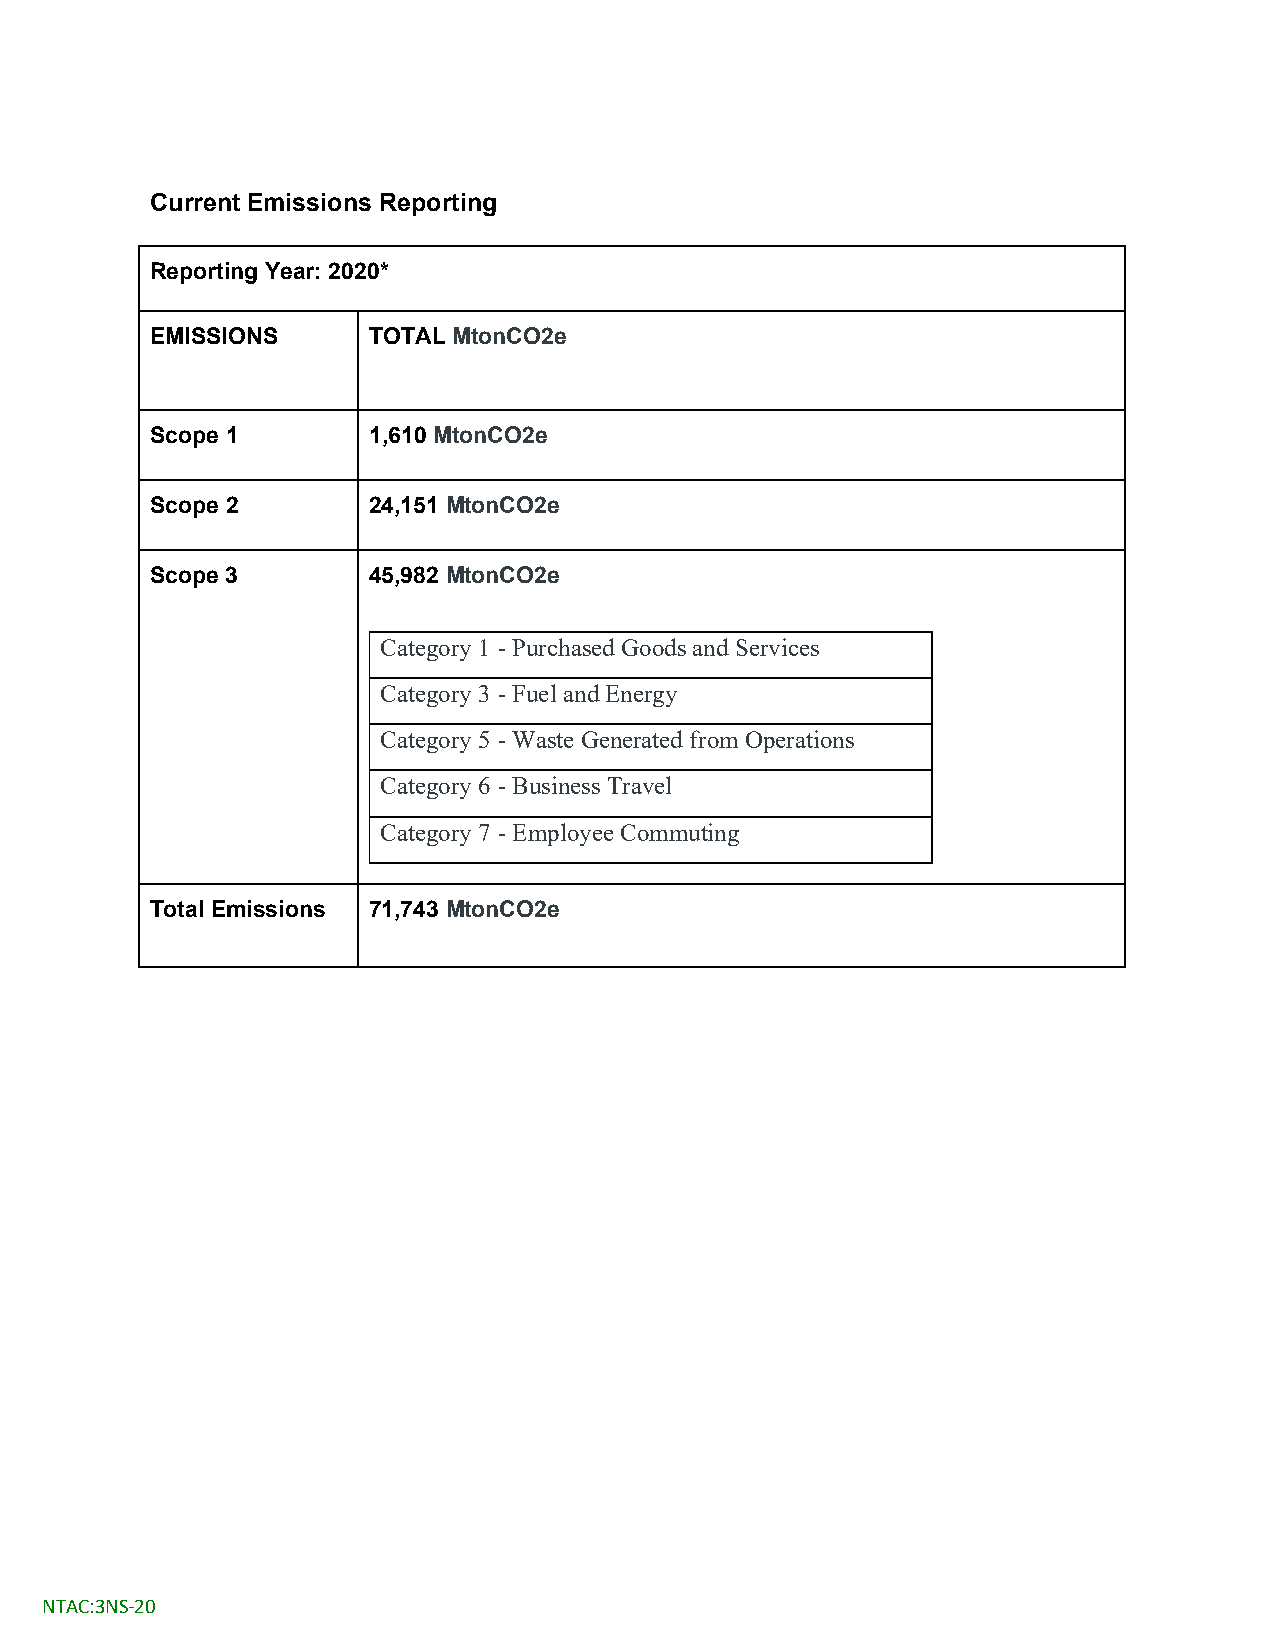
Current Emissions Reporting
 Reporting Year: 2020*
 EMISSIONS     TOTAL MtonCO2e
 Scope 1       1,610 MtonCO2e
 Scope 2       24,151 MtonCO2e
 Scope 3       45,982 MtonCO2e
 Category 1 - Purchased Goods and Services
 Category 3 - Fuel and Energy
 Category 5 - Waste Generated from Operations
 Category 6 - Business Travel
 Category 7 - Employee Commuting
 Total Emissions 71,743 MtonCO2e
 NTAC:3NS-20